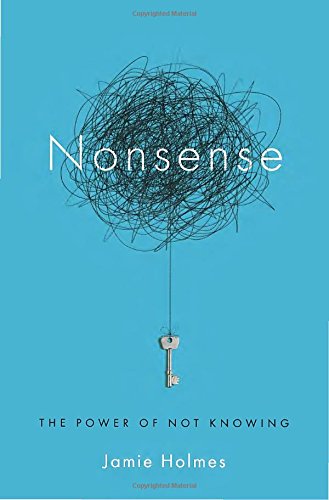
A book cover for Nonsense: The Power of Not Knowing; Jamie Holmes; Medical Books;